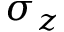
\sigma _ { z }